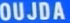
OUJDA